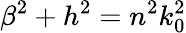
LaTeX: \beta^{2}+h^{2}=n^{2}k_{0}^{2}